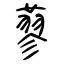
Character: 蓼